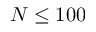
N \leq 1 0 0